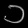
Digit: ၁